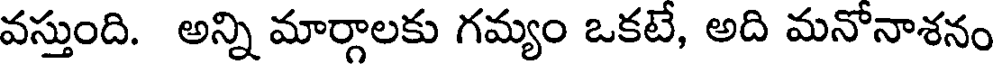
వస్తుంది. అన్ని మార్గాలకు గమ్యం ఒకటే, అది మనోనాశనం